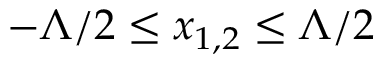
- \Lambda / 2 \leq x _ { 1 , 2 } \leq \Lambda / 2